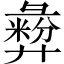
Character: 彜